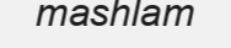
mashlam